Report of the Bombay Plague Committee
Disease focus: Plague
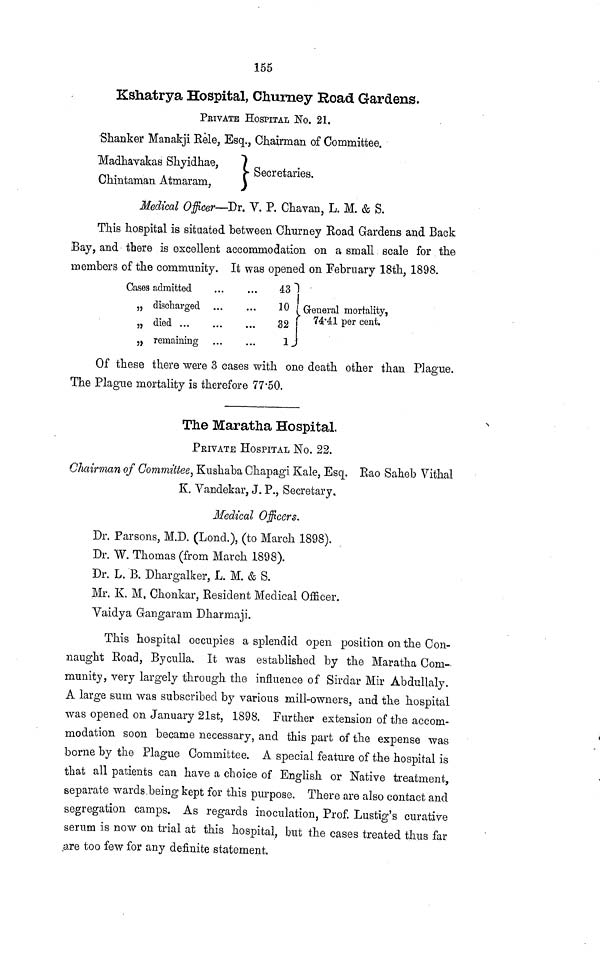
155
Kshatrya Hospital, Churney Road Gardens.
PRIVATE HOSPITAL No. 21.
Shanker Manakji Rele, Esq., Chairman of Committee.
Madhavakas Shyidhae,
Secretaries.
Chintaman Atmaram,
Medical Officer—"Dr. V. P. Chavan, L. M. & S.
This hospital is situated between Churney Road Gardens and Back
Bay, and there is excellent accommodation on a small scale for the
members of the community. It was opened on February 18th, 1898.
Cases admitted
„
„
„
discharged
died ...
remaining
...
...
...
...
...
...
...
...
43
10
32
1
General mortality,
74·41 per cent.
Of these there were 3 cases with one death other than Plague.
The Plague mortality is therefore 77·50.
The Maratha Hospital.
PRIVATE HOSPITAL No. 22.
Chairman of Committee, Kushaba Chapagi Kale, Esq. Rao Saheb Vithal
K. Vandekar, J. P., Secretary,
Medical Officers,
Dr. Parsons, M.D. (Lond.), (to March 1898).
Dr. W. Thomas (from March 1898).
Dr. L. B. Dhargalker, L. M. & S.
Mr. K. M, Chonkar, Resident Medical Officer.
Vaidya Gangaram Dharmaji.
This hospital occupies a splendid open position on the Con-
naught Road, Byculla. It was established by the Maratha Com-
munity, very largely through the influence of Sirdar Mir Abdullaly.
A large sum was subscribed by various mill-owners, and the hospital
was opened on January 21st, 1898. Further extension of the accom-
modation soon became necessary, and this part of the expense was
borne by the Plague Committee. A special feature of the hospital is
that all patients can have a choice of English or Native treatment,
separate wards.being kept for this purpose. There are also contact and
segregation camps. As regards inoculation, Prof. Lustig's curative
serum is now on trial at this hospital, but the cases treated thus far
,are too few for any definite statement.